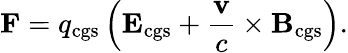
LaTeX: \mathbf{F}=q_{\mathrm{cgs}}\left(\mathbf{E}_{\mathrm{cgs}}+{\frac{\mathbf{v}}{c}}\times\mathbf{B}_{\mathrm{cgs}}\right).